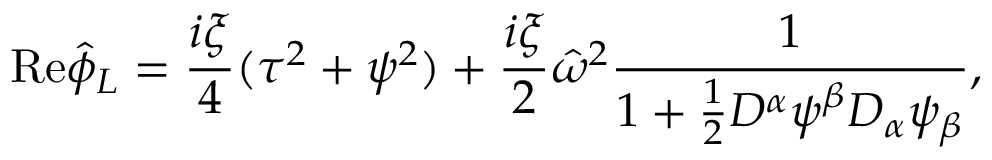
{ \mathrm { R e } } \hat { \phi } _ { L } = \frac { i \xi } { 4 } ( \tau ^ { 2 } + \psi ^ { 2 } ) + \frac { i \xi } { 2 } \hat { \omega } ^ { 2 } \frac { 1 } { 1 + \frac { 1 } { 2 } { \cal D } ^ { \alpha } \psi ^ { \beta } { \cal D } _ { \alpha } \psi _ { \beta } } ,